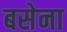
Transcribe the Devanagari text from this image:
बसेना